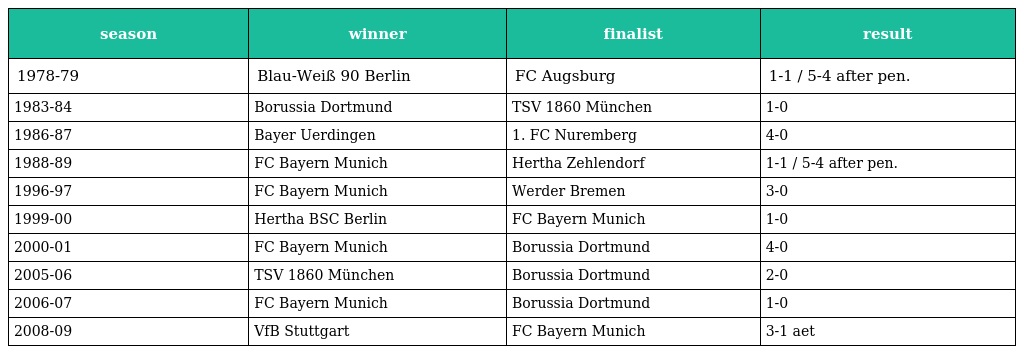
| season | winner | finalist | result |
 | --- | --- | --- | --- |
 | 1978-79 | Blau-Weiß 90 Berlin | FC Augsburg | 1-1 / 5-4 after pen. |
 | 1983-84 | Borussia Dortmund | TSV 1860 München | 1-0 |
 | 1986-87 | Bayer Uerdingen | 1. FC Nuremberg | 4-0 |
 | 1988-89 | FC Bayern Munich | Hertha Zehlendorf | 1-1 / 5-4 after pen. |
 | 1996-97 | FC Bayern Munich | Werder Bremen | 3-0 |
 | 1999-00 | Hertha BSC Berlin | FC Bayern Munich | 1-0 |
 | 2000-01 | FC Bayern Munich | Borussia Dortmund | 4-0 |
 | 2005-06 | TSV 1860 München | Borussia Dortmund | 2-0 |
 | 2006-07 | FC Bayern Munich | Borussia Dortmund | 1-0 |
 | 2008-09 | VfB Stuttgart | FC Bayern Munich | 3-1 aet |